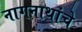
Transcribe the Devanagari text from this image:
नागनाथांचे